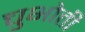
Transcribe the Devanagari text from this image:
चुभोती